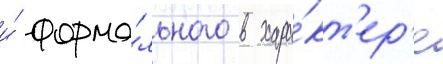
и́ форма́льного в хара́кт'ер'е